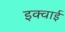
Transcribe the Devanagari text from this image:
इक्वाई